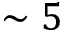
\sim 5